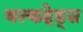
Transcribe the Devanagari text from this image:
बल्‍कहेड्स